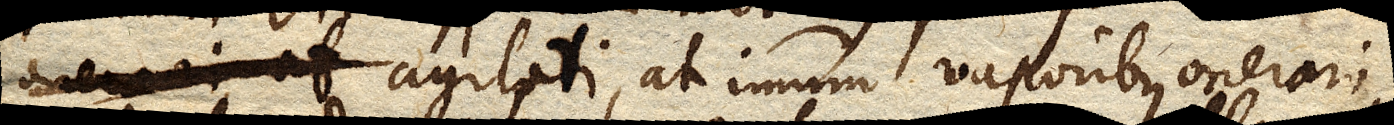
agitati, at imum vaporibus onerari,